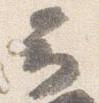
云